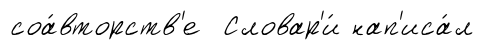
соа́вторств'е Словар'и́ нап'иса́л